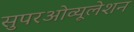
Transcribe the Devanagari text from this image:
सुपरओव्यूलेशन